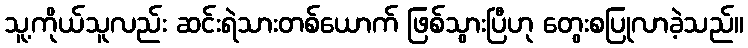
သူ့ကိုယ်သူလည်း ဆင်းရဲသားတစ်ယောက် ဖြစ်သွားပြီဟု တွေးစပြုလာခဲ့သည်။